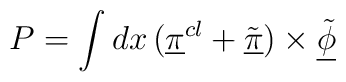
P=\int dx\,(\underline{\pi}^{cl}+\underline{\tilde\pi})\times\underline{\tilde\phi}